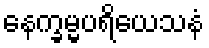
နေက္ခမ္မပရိယေသနံ